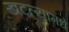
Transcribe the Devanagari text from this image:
खटल्यामधे